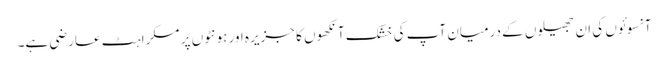
آنسوئوں کی ان جھیلوں کے درمیان آپ کی خشک آنکھوں کا جزیرہ اور ہونٹوں پر مسکراہٹ عارضی ہے۔